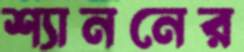
শ্যাননের